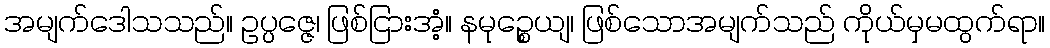
အမျက်ဒေါသသည်။ ဥပ္ပဇ္ဇေ၊ ဖြစ်ငြားအံ့။ နမုဉ္စေယျ၊ ဖြစ်သောအမျက်သည် ကိုယ်မှမထွက်ရာ။